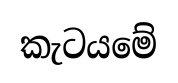
කැටයමේ